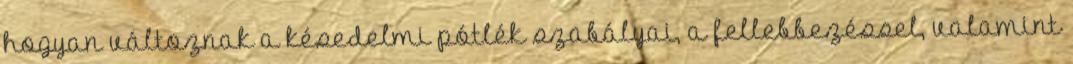
hogyan változnak a késedelmi pótlék szabályai, a fellebbezéssel, valamint